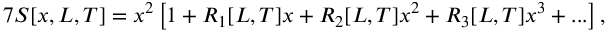
7 S [ x , L , T ] = x ^ { 2 } \left[ 1 + R _ { 1 } [ L , T ] x + R _ { 2 } [ L , T ] x ^ { 2 } + R _ { 3 } [ L , T ] x ^ { 3 } + . . . \right] ,